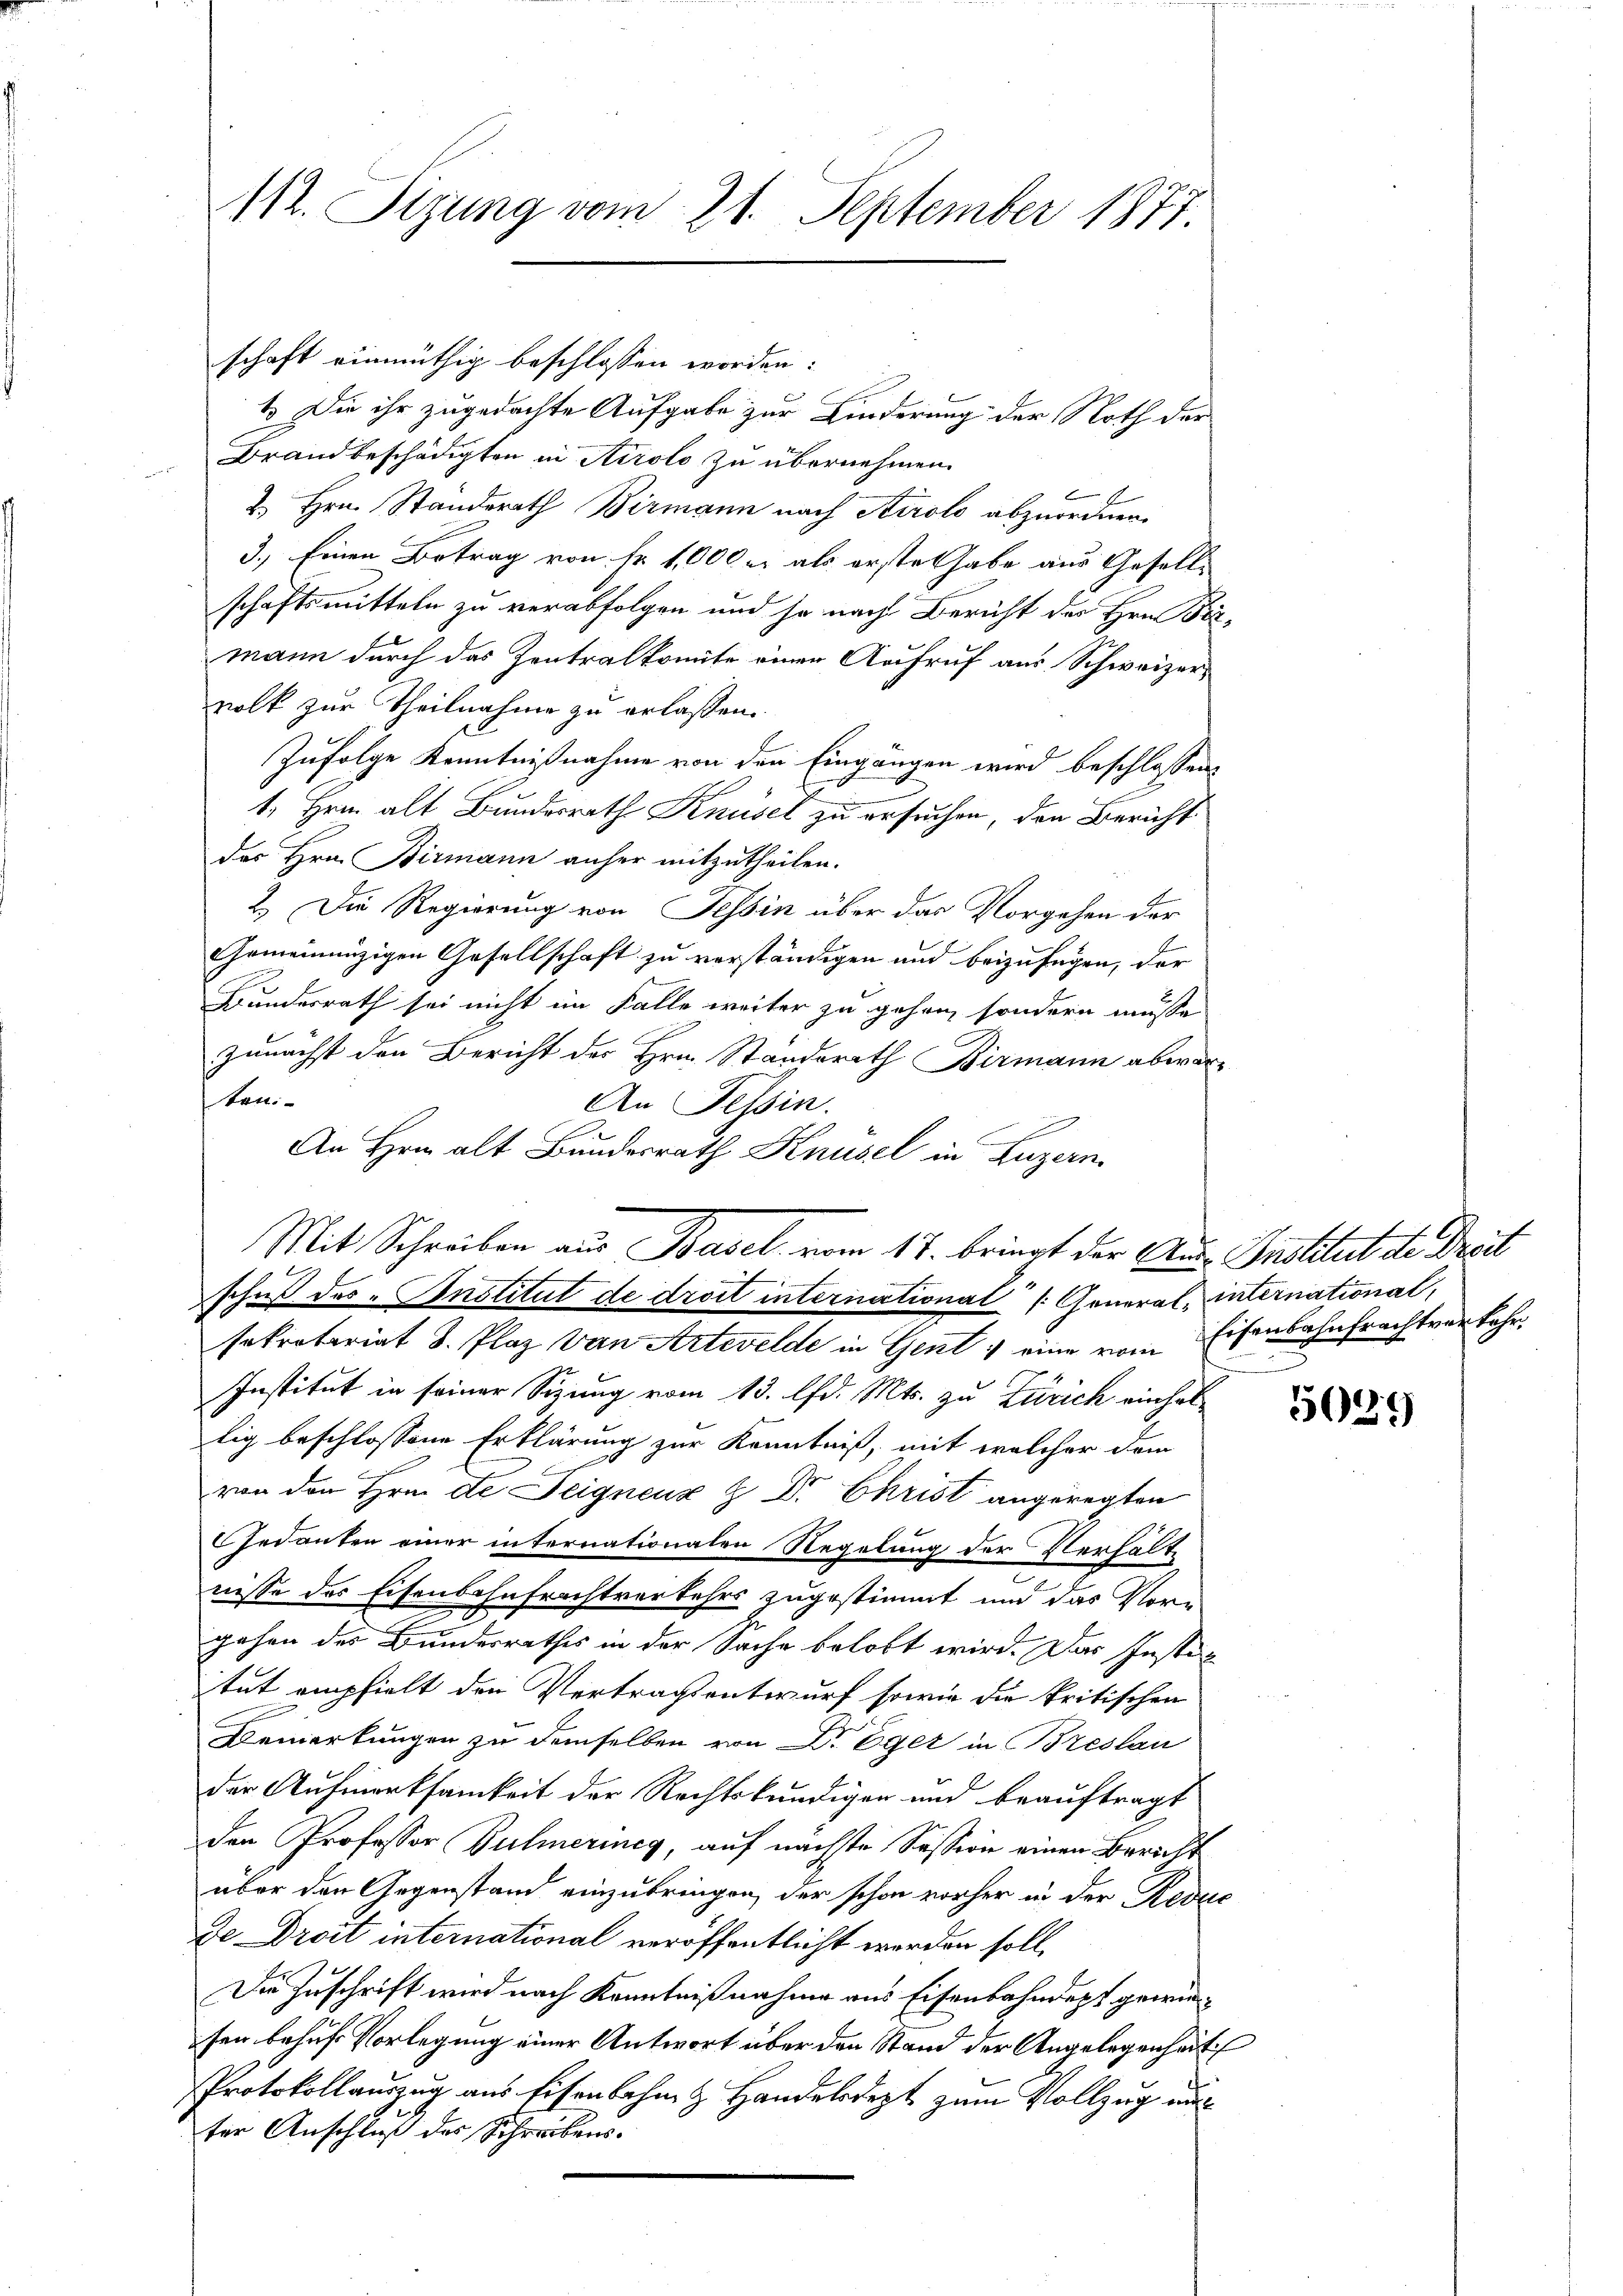
112. Sizung vom 21. September 1877.

schaft einmüthig beschlossen worden:
1. Die ihr zugedachte Aufgabe zur Linderung der Noth der
Brandbeschädigten in Airolo zu übernehmen.
2. Hrn. Standerath Birmann nach Airolo abzuordnen.
3.) Einen Betrag von Fr. 1000 r. als erstet habe aus Gesellschaftsmitteln zu verabfolgen und so nach Bericht des Hrn. Permann durch das Zentralkomite einen Aufruf aus Schweizervolk zur Theilnahme zu erlassen.
Zufolge Kenntnißnahme von den Eingängen wird beschlossen:
1. Hrn. alt Bundesrath Knüsel zu ersuchen, den Bericht
des Hrn. Birmann anher mitzutheilen.
2.) Die Regierung von Tessin über das Vorgehen der
Gemeinnüzigen Gesellschaft zu verständigen und beizufügen, der
Bundesrath sei nicht im Falle weiter zu gehen, sondern müsse
zunächst den Bericht der Hrn. Standerath Birmann abwarken¬
An Tessin.
An Hrn. alt Bundesrath Knüsel in Luzern
schuß des Institut de droit international (General-International,
sekretariat J. Plaz van Artevelde in Gent & eine vom Eisenbahnfrachtverkehr¬
Institut in seiner Sitzung vom 13. lfd. Mts. zu Zürich einhellig beschlossene Erklärung zur Kenntniß, mit welcher dem
1
von den Hrn. De Teignenz & Dr Christ angeregten
GGedanken einer internationalen Regelung der Verhälte
nisse des Eisenbahnfrachtverkehrs zugestimmt und das Vorgehen des Bundesrathes in der Sache belobt wird. Das Instiz
itut empfielt den Vertragsentwurf sowie die kritischen
Bemerkungen zu demselben von Dr. Eger in Breslau
der Aufmerksamkeit der Rechtskundigen und beauftragt
den Professor Bühneriney, auf nächste Session einen Bericht
über den Gegenstand einzubringen, der schon vorher in der Redac
De- Droit international veröffentlicht werden soll,
Die Zuschrift wird nach Kenntnißnahme aus Eisenbahndept gewinsen behuf Vorlegung einer Antwort über den Stand der Angelegenheit
PProtokollauszug aus Eisenbahn & Handelsdept zum Vollzug au
ter Anschluß des Schreibens.

Mit Schreiben aus Basel vom 17. bringt der Aus-Institut de Prei

5027